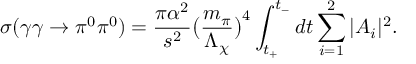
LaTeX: \sigma ( \gamma \gamma \to \pi ^ { 0 } \pi ^ { 0 } ) = { \frac { \pi \alpha ^ { 2 } } { s ^ { 2 } } } \bigl ( { \frac { m _ { \pi } } { \Lambda _ { \chi } } } \bigr ) ^ { 4 } \int _ { t _ { + } } ^ { t _ { - } } d t \sum _ { i = 1 } ^ { 2 } | A _ { i } | ^ { 2 } .